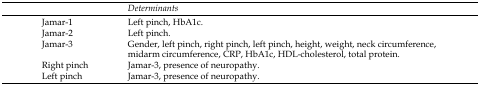
<table><thead><tr><td></td><td><b>Determinants</b></td></tr></thead><tbody><tr><td>Jamar-1</td><td>Left pinch, HbA1c.</td></tr><tr><td>Jamar-2</td><td>Left pinch.</td></tr><tr><td>Jamar-3</td><td>Gender, left pinch, right pinch, left pinch, height, weight, neck circumference, midarm circumference, CRP, HbA1c, HDL-cholesterol, total protein.</td></tr><tr><td>Right pinch</td><td>Jamar-3, presence of neuropathy.</td></tr><tr><td>Left pinch</td><td>Jamar-3, presence of neuropathy.</td></tr></tbody></table>